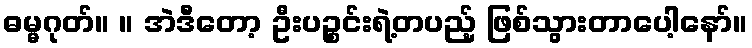
ဓမ္မဂုတ်။ ။ အဲဒီတော့ ဦးပဉ္စင်းရဲ့တပည့် ဖြစ်သွားတာပေါ့နော်။